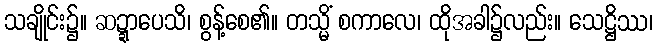
သချိုင်း၌။ ဆဍ္ဍာပေသိ၊ စွန့်စေ၏။ တသ္မိံ စကာလေ၊ ထိုအခါ၌လည်း။ သေဋ္ဌိဿ၊